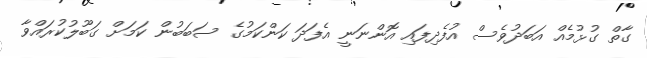
ގާތް ގުޅުމެއް އަބަދުވެސް އުފެދިފައި އޮންނަނީ އެފަދަ ކަންކަމުގެ ސަބަބުން ކަމަށް ގަބޫލުކުރައްވާ